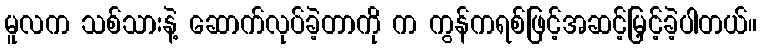
မူလက သစ်သားနဲ့ ဆောက်လုပ်ခဲ့တာကို က ကွန်ကရစ်ဖြင့်အဆင့်မြှင့်ခဲ့ပါတယ်။